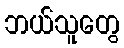
ဘယ်သူတွေ